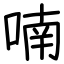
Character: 喃